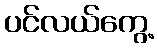
ပင်လယ်ကွေ့